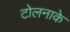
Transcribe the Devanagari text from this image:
टोलनाके